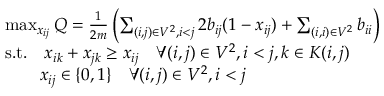
\begin{array} { r l } & { \operatorname* { m a x } _ { x _ { i j } } Q = \frac { 1 } { 2 m } \left( \sum _ { ( i , j ) \in V ^ { 2 } , i < j } 2 b _ { i j } ( 1 - x _ { i j } ) + \sum _ { ( i , i ) \in V ^ { 2 } } b _ { i i } \right) } \\ & { \mathrm { s . t . } \quad x _ { i k } + x _ { j k } \geq x _ { i j } \quad \forall ( i , j ) \in V ^ { 2 } , i < j , k \in K ( i , j ) } \\ & { \quad \quad x _ { i j } \in \{ 0 , 1 \} \quad \forall ( i , j ) \in V ^ { 2 } , i < j } \end{array}